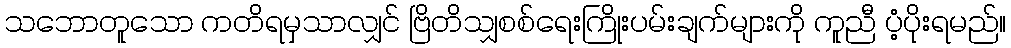
သဘောတူသော ကတိရမှသာလျှင် ဗြိတိသျှစစ်ရေးကြိုးပမ်းချက်များကို ကူညီ ပံ့ပိုးရမည်။